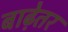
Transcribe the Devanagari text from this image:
बाढ़ेतर